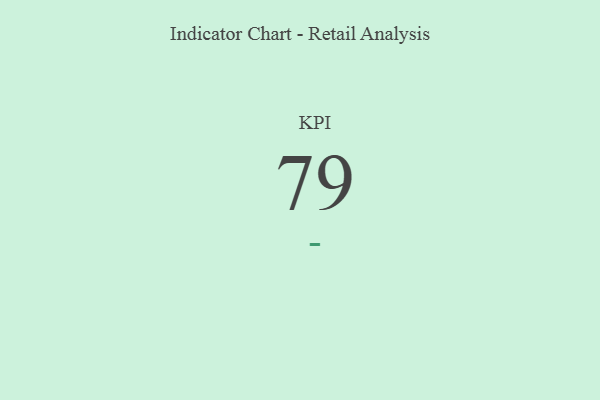
{"axis": {"x": "KPI", "y": "Value"}, "legend": [""], "data": [{"x": "KPI", "y": 79, "type": ""}]}